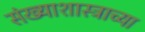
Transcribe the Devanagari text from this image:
संख्याशास्त्राच्या